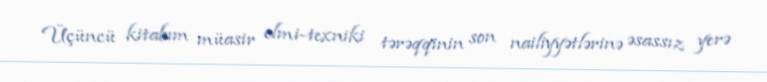
Üçüncü kitabım müasir elmi-texniki tərəqqinin son nailiyyətlərinə əsassız yerə